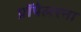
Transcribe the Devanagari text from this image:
प्रॉपेलरना